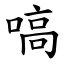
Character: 嗃